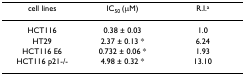
<table><thead><tr><td><b>cell lines</b></td><td><b>IC<sub>50 </sub>(μM)</b></td><td><b>R.I.<sup>a</sup></b></td></tr></thead><tbody><tr><td>HCT116</td><td>0.38 ± 0.03</td><td>1.0</td></tr><tr><td>HT29</td><td>2.37 ± 0.13 *</td><td>6.24</td></tr><tr><td>HCT116 E6</td><td>0.732 ± 0.06 *</td><td>1.93</td></tr><tr><td>HCT116 p21-/-</td><td>4.98 ± 0.32 *</td><td>13.10</td></tr></tbody></table>